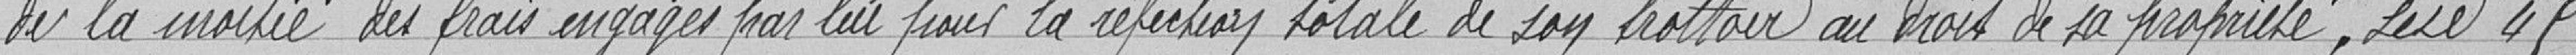
de la moitié des frais engagés par lui pour la réfection totale de son trottoir au droit de sa propriété, située  49